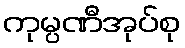
ကုမ္ပဏီအုပ်စု